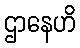
ဌာနေဟိ